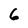
Character: 6